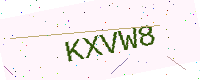
Text: KXVW8